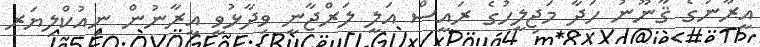
އީރާނުގެ ޤާނޫނު ހަދާ މަޖިލީހުގެ ރައީސް އަލީ ލަރްޖާނީ ވިދާޅުވީ އީރާނުން ނިއުކްލިޔަރ